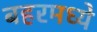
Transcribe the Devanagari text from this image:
बहरमध्ये